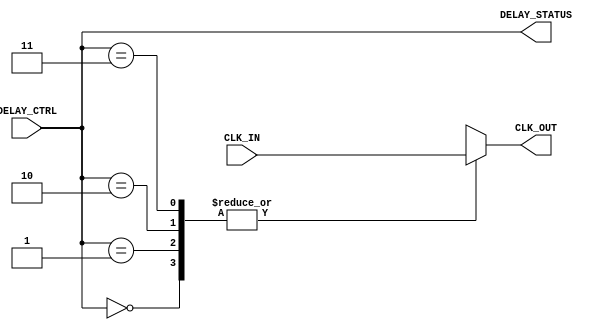
module DelayClockBuffer #(
    parameter NUM_DELAY_STAGES = 4, // Number of delay stages
    parameter DELAY_WIDTH = 2        // Width of DELAY_CTRL (log2(NUM_DELAY_STAGES))
)(
    input wire CLK_IN,                // Input clock signal
    input wire [DELAY_WIDTH-1:0] DELAY_CTRL, // Control signal to select delay
    output reg CLK_OUT,               // Buffered and delayed clock output
    output reg [DELAY_WIDTH-1:0] DELAY_STATUS // Current delay state
);

    // Internal signals for delay stages
    wire [NUM_DELAY_STAGES-1:0] delay_stages;

    // Generate delay stages (simple buffers for demonstration)
    genvar i;
    generate
        for (i = 0; i < NUM_DELAY_STAGES; i = i + 1) begin : delay_gen
            if (i == 0) begin
                // First stage is directly connected to CLK_IN
                assign delay_stages[i] = CLK_IN;
            end else begin
                // Subsequent stages introduce a delay
                assign delay_stages[i] = delay_stages[i-1]; // Connect previous stage
            end
        end
    endgenerate

    // MUX to select which delay stage to use based on DELAY_CTRL
    always @(*) begin
        case (DELAY_CTRL)
            0: CLK_OUT = delay_stages[0];
            1: CLK_OUT = delay_stages[1];
            2: CLK_OUT = delay_stages[2];
            3: CLK_OUT = delay_stages[3];
            default: CLK_OUT = delay_stages[0]; // Default to no delay
        endcase
    end

    // Update DELAY_STATUS output
    always @(*) begin
        DELAY_STATUS = DELAY_CTRL;
    end

endmodule